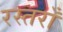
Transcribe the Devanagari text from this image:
रस्तराँ